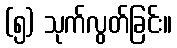
(၅) သုက်လွတ်ခြင်း။